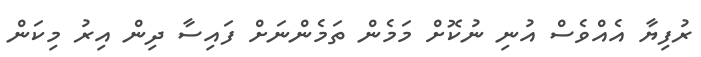
ރުފިޔާ އެއްވެސް އުނި ނުކޮށް މަމެން ތަމެންނަށް ފައިސާ ދިން އިރު މިކަން